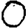
Digit: 0